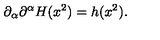
\partial _ { \alpha } \partial ^ { \alpha } H ( x ^ { 2 } ) = h ( x ^ { 2 } ) .